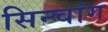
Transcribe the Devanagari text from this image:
सिन्चांग